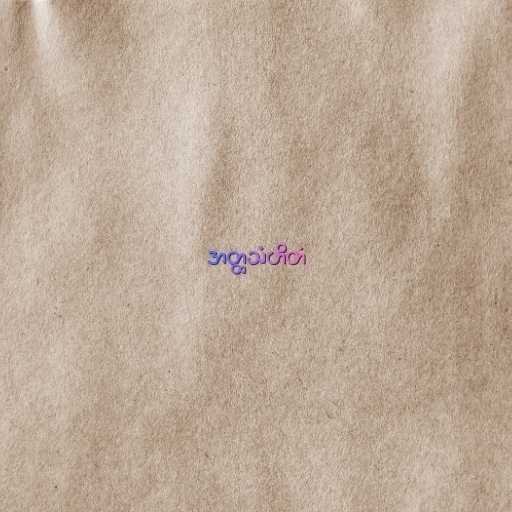
အတ္ထသံဟိတံ